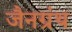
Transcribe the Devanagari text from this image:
जैनग्रंथ